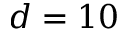
d = 1 0